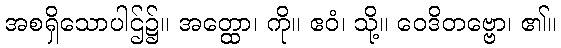
အစရှိသောပါဌ်၌။ အတ္ထော၊ ကို။ ဧဝံ၊ သို့။ ဝေဒိတဗ္ဗော၊ ၏။